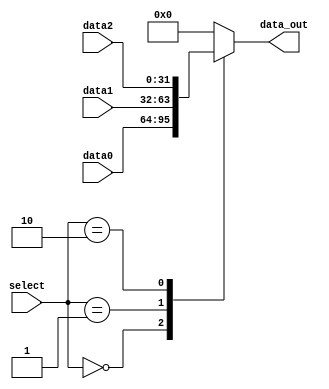
module MUX32_3(
	//Outputs
	output reg [31:0]data_out,
	//Inputs
	input [31:0]data0,
	input [31:0]data1,
    input [31:0]data2,
	input [1:0]select
);
always @(*) begin
	case(select)
		0:  data_out <= data0;
		1:  data_out <= data1;
        2:  data_out <= data2;
        default:
            data_out <= 0;
	endcase
end
	
endmodule